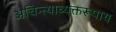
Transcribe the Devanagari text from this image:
अचिन्त्याव्यक्तरूपाय